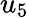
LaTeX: u_{5}